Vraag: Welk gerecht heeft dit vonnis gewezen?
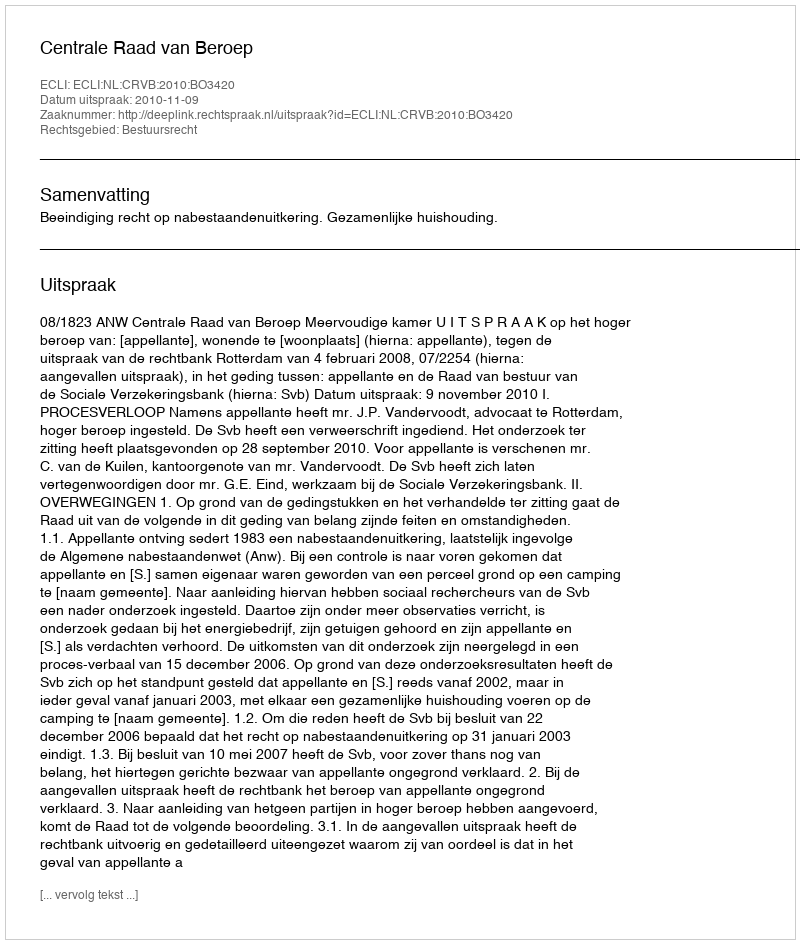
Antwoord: Centrale Raad van Beroep